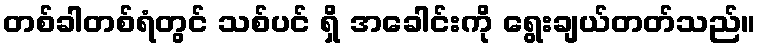
တစ်ခါတစ်ရံတွင် သစ်ပင် ရှိ အခေါင်းကို ရွေးချယ်တတ်သည်။